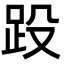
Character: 䟝